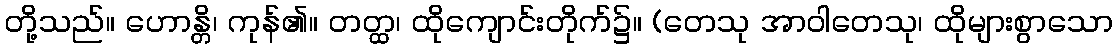
တို့သည်။ ဟောန္တိ၊ ကုန်၏။ တတ္ထ၊ ထိုကျောင်းတိုက်၌။ (တေသု အာဝါတေသု၊ ထိုများစွာသော